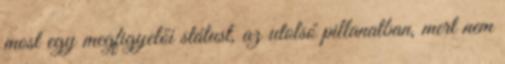
most egy megfigyelői státust, az utolsó pillanatban, mert nem